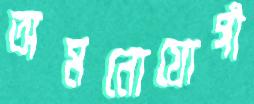
অমনোযোগী